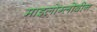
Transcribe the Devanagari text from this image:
माइलोग्लोबीन